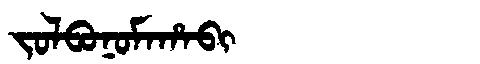
Manchu: ᠵᠣᠯᠪᠣᠨᠣᠮᠠᡥᠠᠪᡳ
Romanization: JOLBONOMAHABI